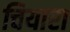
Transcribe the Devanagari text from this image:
चियारा